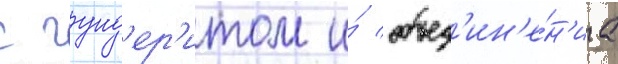
с гунд'ер'итом и́ объед'ин'е́н'иа